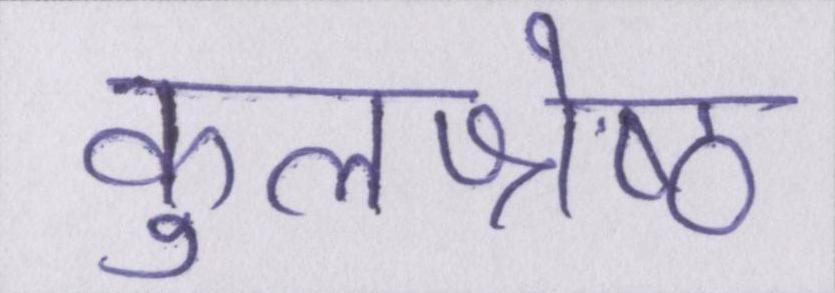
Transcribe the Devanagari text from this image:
कुलश्रेष्ठ